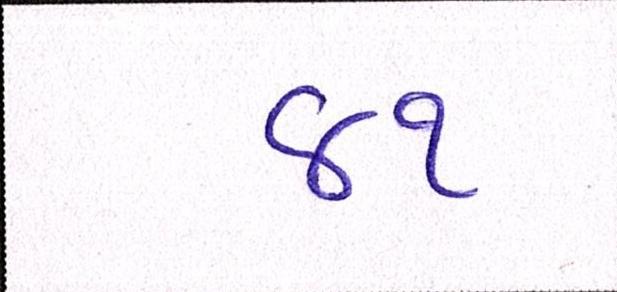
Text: ૪૧